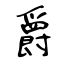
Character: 爵